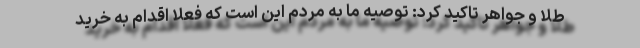
طلا و جواهر تاکید کرد: توصیه ما به مردم این است که فعلا اقدام به خرید